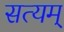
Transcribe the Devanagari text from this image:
सत्‍यम्